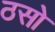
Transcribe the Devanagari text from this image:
ठसो